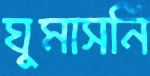
ঘুমাসনি